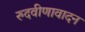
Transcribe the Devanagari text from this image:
रुदवीणावादन